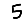
Digit: 5